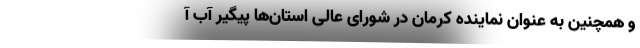
و همچنین به عنوان نماینده کرمان در شورای عالی استان‌ها پیگیر آب آ